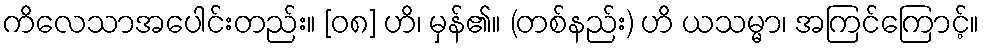
ကိလေသာအပေါင်းတည်း။ [၀၈] ဟိ၊ မှန်၏။ (တစ်နည်း) ဟိ ယသမ္မာ၊ အကြင်ကြောင့်။